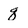
Character: q